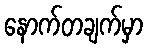
နောက်တချက်မှာ